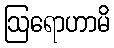
ဩရောဟာမိ